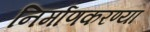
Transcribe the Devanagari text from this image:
निर्माणकरण्या